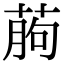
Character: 葋